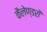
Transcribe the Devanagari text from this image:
कैलेण्डरों